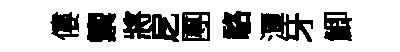
僂籞將戹圑駱潭牙鯽